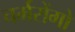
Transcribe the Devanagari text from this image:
चर्मरोंगो